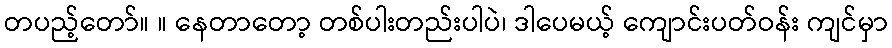
တပည့်တော်။ ။ နေတာတော့ တစ်ပါးတည်းပါပဲ၊ ဒါပေမယ့် ကျောင်းပတ်ဝန်း ကျင်မှာ